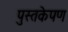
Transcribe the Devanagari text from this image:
पुस्तकेपण